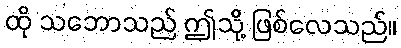
ထို သဘောသည် ဤသို့ ဖြစ်လေသည်။